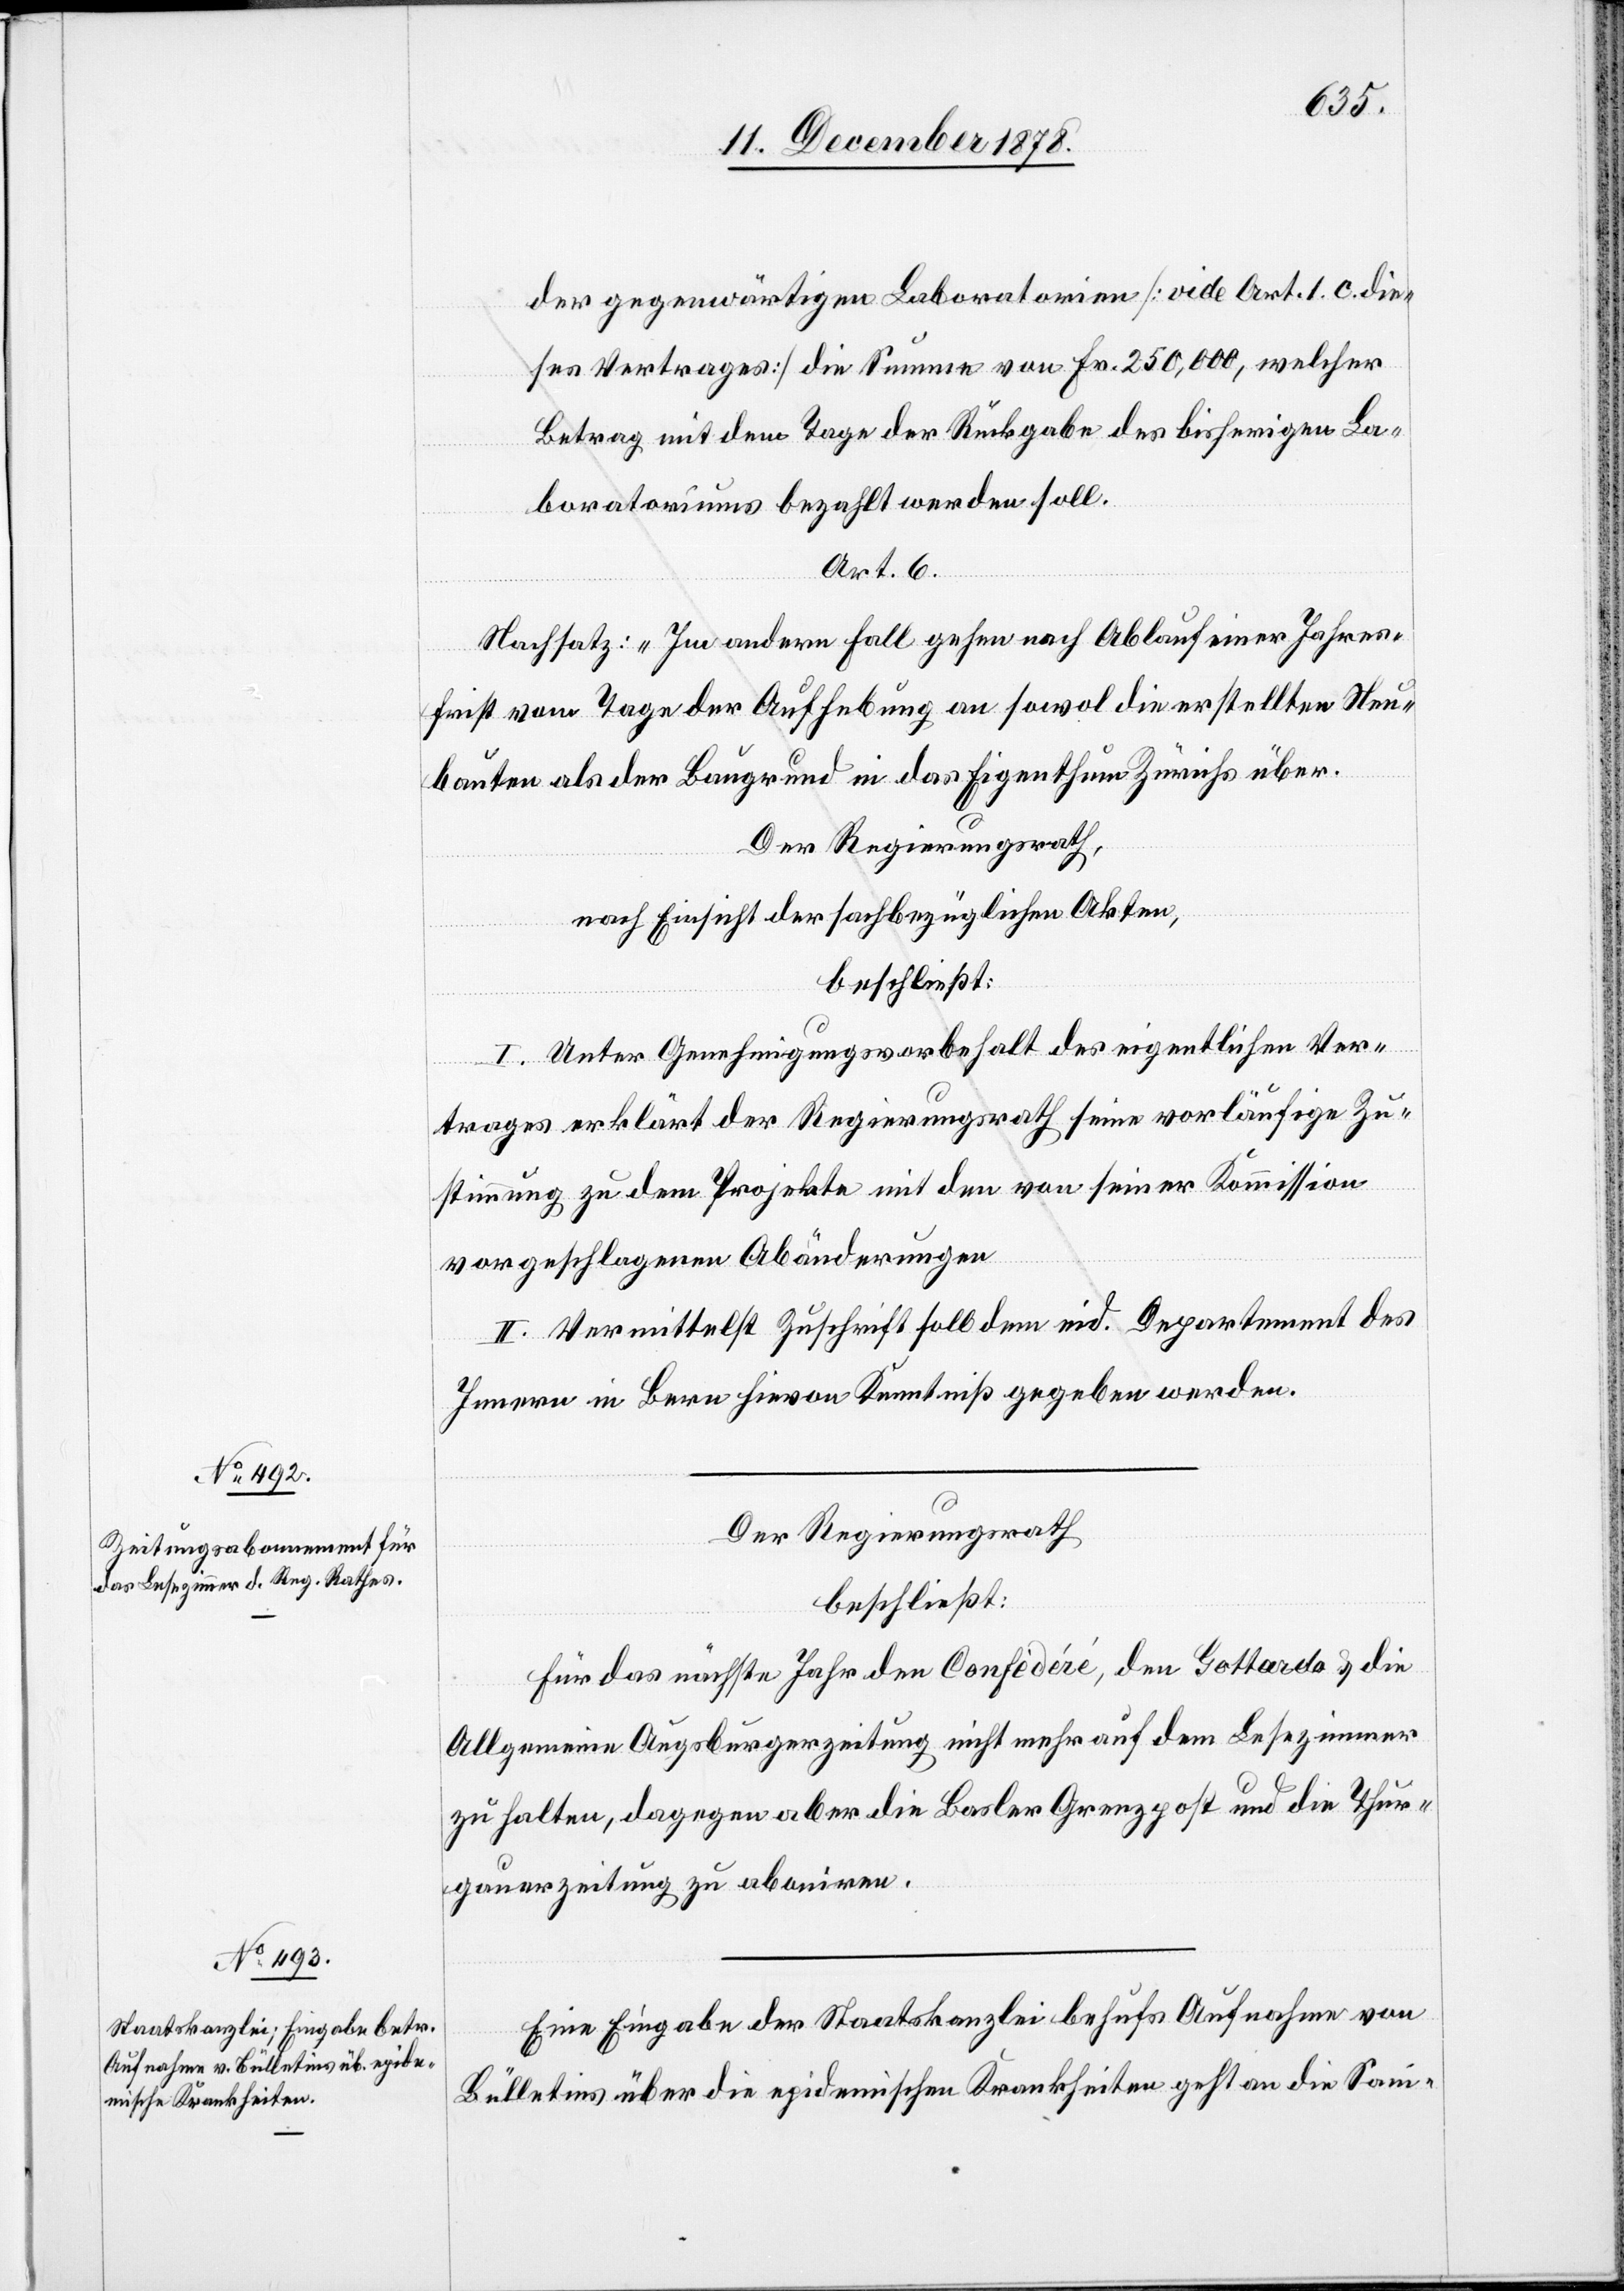
der gegenwärtigen Laboratorien [vide Art. 1. c. die¬
ses Vertrages] die Summe von Fr. 250,000, welcher
Betrag mit dem Tage der Rückgabe des bisherigen La¬
boratoriums bezahlt werden soll.
Art. 6
Nachsatz: „Im andern Fall gehen nach Ablauf einer Jahres¬
frist vom Tage der Aufhebung an sowol die erstellten Neu¬
bauten als der Baugrund in das Eigenthum Zürichs über.“
Der Regierungsrath,
nach Einsicht der sachbezüglichen Akten,
beschließt:
I. Unter Genehmigungsvorbehalt des eigentlichen Ver¬
trages erklärt der Regierungsrath seine vorläufige Zu¬
stimmung zu dem Projekte mit der von seiner Kommission
vorgeschlagenen Abänderungen.
II. Vermittelst Zuschrift soll dem eid. Departement des
Innern in Bern hievon Kenntniß gegeben werden.
Der Regierungsrath
beschließt:
Für das nächste Jahr den Confèdéré, den Gottardo & die
Allgemeine Augsburgerzeitung nicht mehr auf dem Lesezimmer
zu halten, dagegen aber die Basler Grenzpost und die Thur¬
gauerzeitung zu aboniren.
Eine Eingabe der Staatskanzlei behufs Aufnahme von
Bülletins über die epidemischen Krankheiten geht an die Sani-